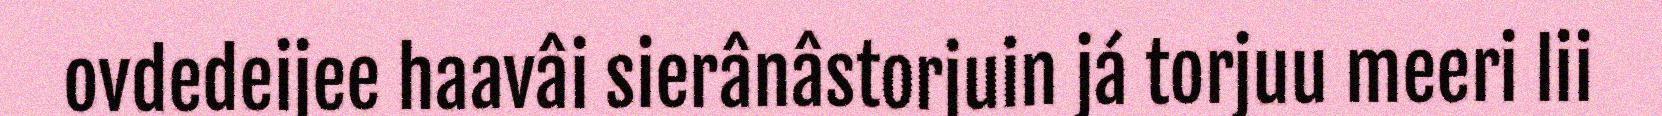
ovdedeijee haavâi sierânâstorjuin já torjuu meeri lii